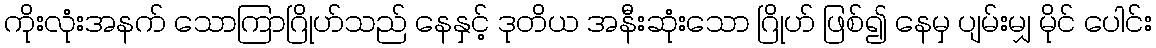
ကိုးလုံးအနက် သောကြာဂြိုဟ်သည် နေနှင့် ဒုတိယ အနီးဆုံးသော ဂြိုဟ် ဖြစ်၍ နေမှ ပျမ်းမျှ မိုင် ပေါင်း